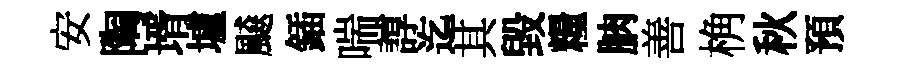
安陶壻壚飇鍤喘諄迄其毀糧朒善桷秋預